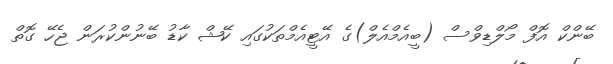
ބޭންކް އޮފް މޯލްޑިވްސް (ބީއެމްއެލް)ގެ އޭޓީއެމްތަކުގައި ކޭޝް ކާޑު ބޭނުންކުރަން ޖެހޭ ގޮތް